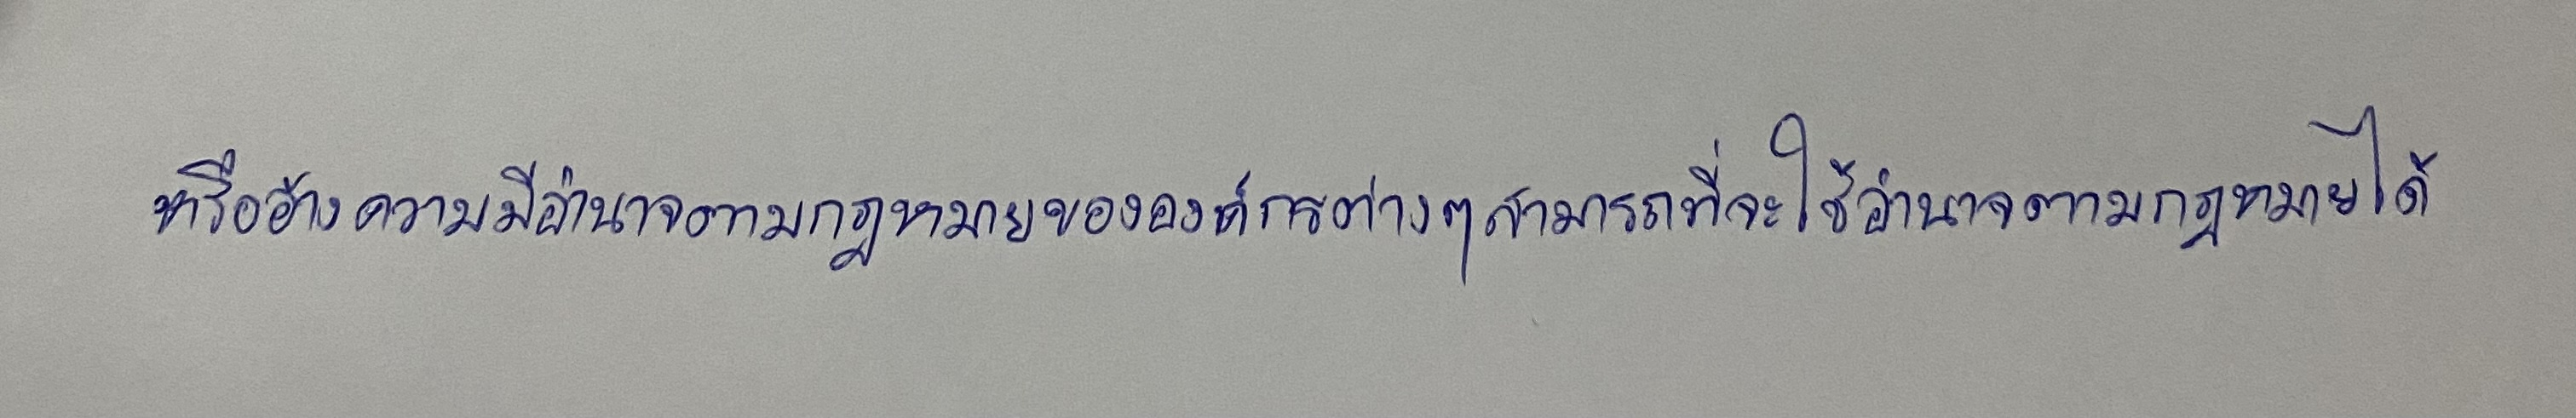
หรืออ้างความมีอำนาจตามกฎหมายขององค์กรต่างๆสามารถที่จะใช้อำนาจตามกฎหมายได้